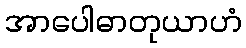
အာပေါဓာတုယာဟံ